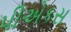
પીએકસ